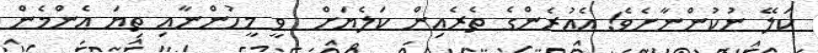
ކަލޭ ނުކުންނާށެވެ! އެއުރެންގެ ތެރެއިން ކަލެޔަށް  ވީ މީހުންނާއި ތިޔަ އެންމެން